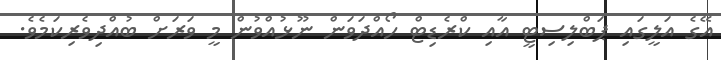
އޭގެ އަލީގައި ޕަބްލިސިޓީ އާއި ކްރެޑިޓް ހޯއްދަވަން ނޫޅުއްވުން މީ ވަރަށް ބުއްދިވެރިކަމެވެ.